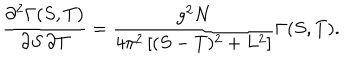
LaTeX: \frac { \partial ^ { 2 } \Gamma ( S , T ) } { \partial S \, \partial T } = \frac { g ^ { 2 } N } { 4 \pi ^ { 2 } \left[ ( S - T ) ^ { 2 } + L ^ { 2 } \right] } \Gamma ( S , T ) .